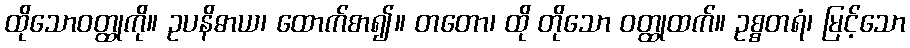
ထိုသောဝတ္ထုကို။ ဥပနိဓာယ၊ ထောက်စာ၍။ တတော၊ ထို တိုသော ဝတ္ထုထက်။ ဥစ္စတရံ၊ မြင့်သော